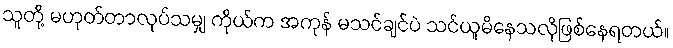
သူတို့ မဟုတ်တာလုပ်သမျှ ကိုယ်က အကုန် မသင်ချင်ပဲ သင်ယူမိနေသလိုဖြစ်နေရတယ်။